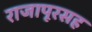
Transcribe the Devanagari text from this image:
राजापूरसह